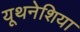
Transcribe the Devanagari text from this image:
यूथनेशिया